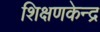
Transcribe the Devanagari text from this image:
शिक्षणकेन्द्र